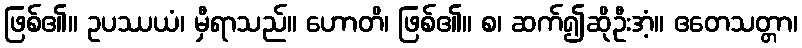
ဖြစ်၏။ ဥပဿယံ၊ မှီရာသည်။ ဟောတိ၊ ဖြစ်၏။ စ၊ ဆက်၍ဆိုဦးအံ့။ ဧတေသတ္တာ၊